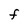
Character: F